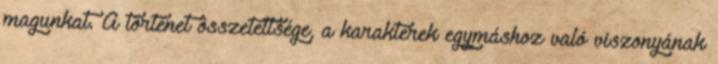
magunkat. A történet összetettsége, a karakterek egymáshoz való viszonyának